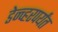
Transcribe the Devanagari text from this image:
डेन्व्हरपर्यंत